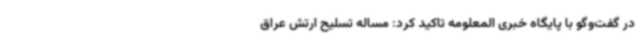
در گفت‌وگو با پایگاه خبری المعلومه تاکید کرد: مساله تسلیح ارتش عراق